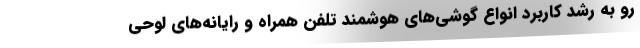
رو به رشد کاربرد انواع گوشی‌های هوشمند تلفن همراه و رایانه‌های لوحی